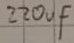
Text: 220uf